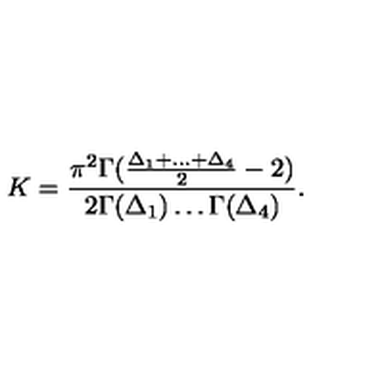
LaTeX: K = \frac { \pi ^ { 2 } \Gamma ( \frac { \Delta _ { 1 } + \ldots + \Delta _ { 4 } } { 2 } - 2 ) } { 2 \Gamma ( \Delta _ { 1 } ) \ldots \Gamma ( \Delta _ { 4 } ) } .